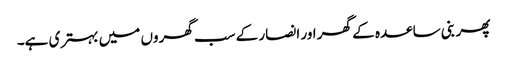
پھر بنی ساعدہ کے گھر اور انصار کے سب گھروں میں بہتری ہے۔